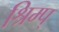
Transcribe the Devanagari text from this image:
श्रिम्प्